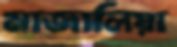
মাজালিয়া